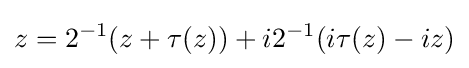
z=2^{-1}(z+\tau (z))+i2^{-1}(i\tau (z)-iz)